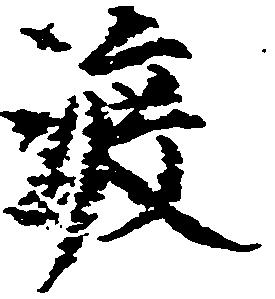
渡